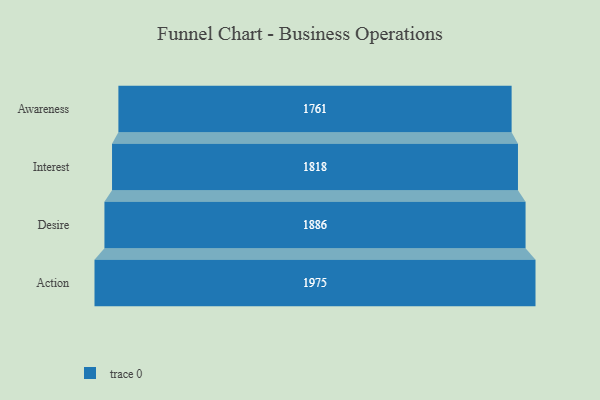
{"axis": {"x": "Stage", "y": "Value"}, "legend": [""], "data": [{"x": "Awareness", "y": 1761.0, "type": ""}, {"x": "Interest", "y": 1818.0, "type": ""}, {"x": "Desire", "y": 1886.0, "type": ""}, {"x": "Action", "y": 1975.0, "type": ""}]}